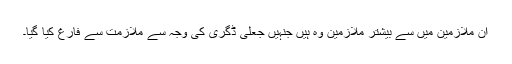
ان ملازمین میں سے بیشتر ملازمین وہ ہیں جنہیں جعلی ڈگری کی وجہ سے ملازمت سے فارغ کیا گیا۔